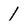
Character: 1